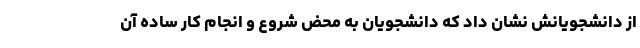
از دانشجویانش نشان داد که دانشجویان به محض شروع و انجام کار ساده آن